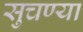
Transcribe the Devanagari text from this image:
सुचण्या